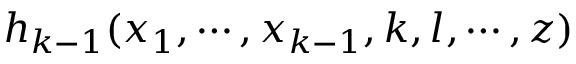
h _ { k - 1 } ( x _ { 1 } , \cdots , x _ { k - 1 } , k , l , \cdots , z )